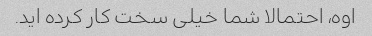
اوه، احتمالا شما خیلی سخت کار کرده اید.